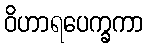
ဝိဟာရပေက္ခကာ